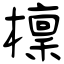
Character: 檁